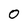
Character: 0